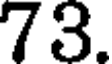
73.